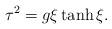
LaTeX: \begin{align*}\tau^2 = g\xi\tanh\xi.\end{align*}